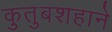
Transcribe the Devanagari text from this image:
कुतुबशहाने